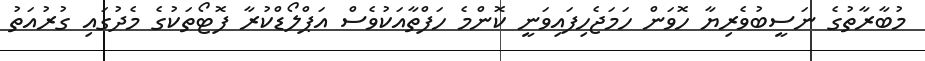
މުބާރާތުގެ ނަސީބުވެރިޔާ ހޮވަން ހަމަޖެހިފައިވަނީ ކޮންމެ ހަފްތާއަކުވެސް އަޕްލޯޑްކުރާ ފޮޓޯތަކުގެ މެދުގައި ގުރުއަތު